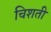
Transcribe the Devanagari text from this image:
चिशती